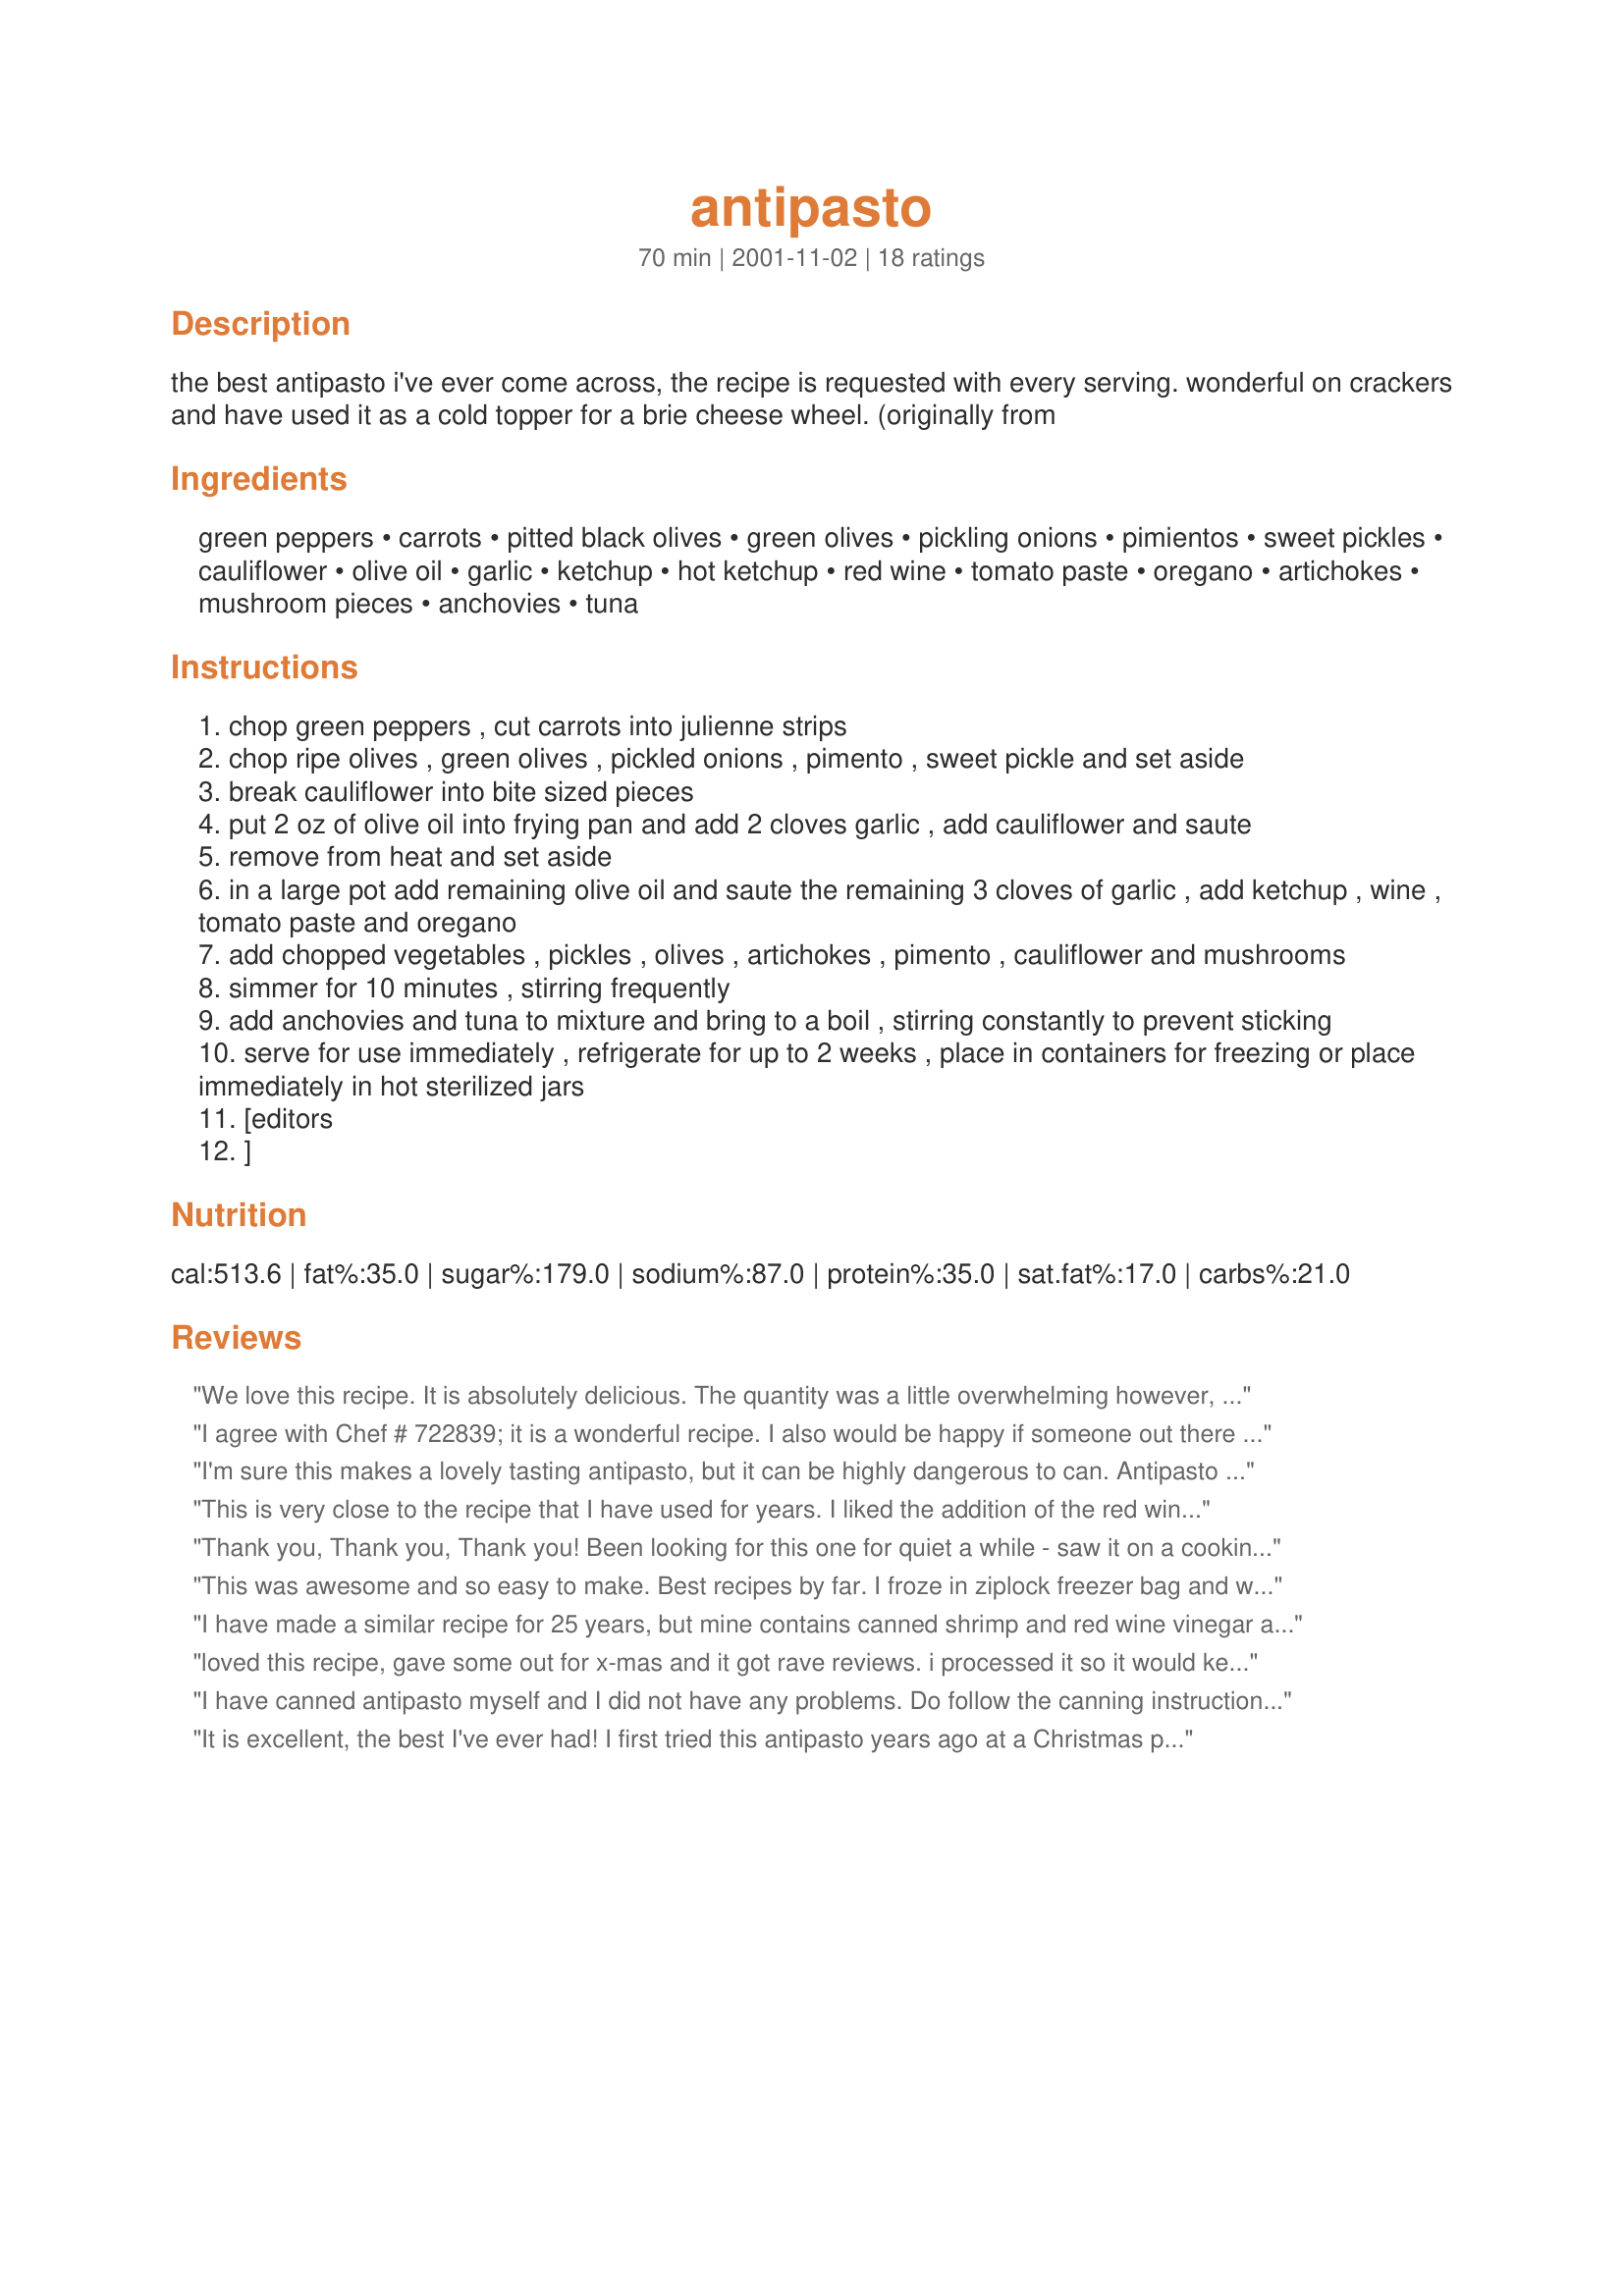
antipasto
Preparation time: 70 minutes

the best antipasto i've ever come across, the recipe is requested with every serving. wonderful on crackers and have used it as a cold topper for a brie cheese wheel. (originally from

Ingredients:
green peppers, carrots, pitted black olives, green olives, pickling onions, pimientos, sweet pickles, cauliflower, olive oil, garlic, ketchup, hot ketchup, red wine, tomato paste, oregano, artichokes, mushroom pieces, anchovies, tuna

Steps:
chop green peppers , cut carrots into julienne strips
chop ripe olives , green olives , pickled onions , pimento , sweet pickle and set aside
break cauliflower into bite sized pieces
put 2 oz of olive oil into frying pan and add 2 cloves garlic , add cauliflower and saute
remove from heat and set aside
in a large pot add remaining olive oil and saute the remaining 3 cloves of garlic , add ketchup , wine , tomato paste and oregano
add chopped vegetables , pickles , olives , artichokes , pimento , cauliflower and mushrooms
simmer for 10 minutes , stirring frequently
add anchovies and tuna to mixture and bring to a boil , stirring constantly to prevent sticking
serve for use immediately , refrigerate for up to 2 weeks , place in containers for freezing or place immediately in hot sterilized jars
[editors
]

Reviews:
We love this recipe. It is absolutely delicious. The quantity was a little overwhelming however, so next time I intend to make only a half recipe. BTW, we froze it in airtight plastic containers and it held up very well for 3 months or so. It probably would have been fine much longer but we ate it all before we could find out. 

Thanks for an excellent recipe!
I agree with Chef # 722839; it is a wonderful recipe.
I also would be happy if someone out there came up with a method for home preserving of this antipasto recipe. I'm not really interested in any of the vegetable only recipes for instance, and the alternative such as freezing, means that it has to be eaten immediately, or a day so after defrosting which is inconvenient. Freezing, I'm sure, will also change the texture. Any suggestions?
I'm sure this makes a lovely tasting antipasto, but it can be highly dangerous to can. Antipasto recipes containing olives or seafood are NOT safe for home canning. Seafood and olives are low acid foods and produce botulism. The following excerpt is from the Bernardin Home Canning website:

 Note:Because antipasto is available commercially, many people believe they can preserve their own recipe at home. Most traditional antipasto recipes cannot be home canned safely in a boiling water bath canner. (However, some can be frozen successfully.) When the recipe adds low acid foods such as tuna (or other canned seafood), olives, mushrooms, vegetables and/or oil– the resulting food mixture needs to be processed at temperatures higher than those that can be reached in a boiling water canner. These higher temperatures are essential to avoid the risk of deadly botulism poisoning. Processing filled jars of homemade antipasto in a pressure canner is unsuccessful because the temperature/time combinations required to eliminate the risk of botulism destroys the integrity of the vegetables resulting in a product that is almost spreadable.
This is very close to the recipe that I have used for years. I liked the addition of the red wine, and anchovies, they add something a little different. Thanks a lot
Thank you, Thank you, Thank you! Been looking for this one for quiet a while - saw it on a cooking show went to pull it off the web & @$#^~#$% the only way to get it was order the darn book. Bless You from one who has olive oil in her blood!
This was awesome and so easy to make. Best recipes by far.

I froze in ziplock freezer bag and was great. Yum Yum Yummy
I have made a similar recipe for 25 years, but mine contains canned shrimp and red wine vinegar as well. I have never had a problem with spoilage and believe that the large amounts of ketchup and vinegar make it safe to can in a water bath canner.
loved this recipe, gave some out for x-mas and it got rave reviews. i processed it so it would keep and it turned out great. i'll be making a million jars of this in the coming months!!!! thanks,treko
I have canned antipasto myself and I did not have any problems. Do follow the canning instructions carefully; if it is sealed properly, you won't have problems with colour change or taste on the food you canned. These canned antipasto come so handy when you have unexpected guests. Enjoy!
It is excellent, the best I've ever had! 
I first tried this antipasto years ago at a Christmas party and found it to be delicious. The host got the recipe from the Georgian Bay Gourmet Cookbook. I by coincidence had a copy as well. We live in cottage country, not too far from Georgian Bay, I think the cookbook was a fundraiser of 
sorts. I decided this year. to make the recipe for myself and for gift giving. I used hot water bath processing and all tasted and seemed fine. By coincidence again, I came across this recipe by Derf, where the Georgian Bay cookbook origin is also mentioned. I then read the comments about the possible dangers of home canning in regard to low acid levels created by the tuna, anchovies and olives combination as used in the recipe. Not wanting to take a chance on passing botulism on to relatives and friends, I disposed of all 16 pints (about $60 in ingredients) plus all of the hard work and not to mention no more antipasto Christmas gifts.

The alternative of course, is to pay the ridiculous price for the commercially made variety, President's Choice for one is identical to this recipe.

The other better alternarive, would be that if someone was able to establish the proper and safe processing time, pressure and ph for using a pressure canner or other method, it would certainly alleviate the worry and concern to a lot of us who want to make this at home. Unfortunately, establishing the proper chemistry, would have to be done in a reliable test facility which I'm sure would be a bit costly. Well if anyone knows a friend of a friend etc., with contacts in a testing facility, let us know , it would be appreciated. Thanks from your Chef #722839
This is very close to the recipe from Best of Bridge. Excellent...but instead of the tuna, I added 3 - 4 cans small shrimp, drained
The recipe is only dangerous if you are stupid enough to make it so. This recipe is tried and true and enjoyed by hundreds of cooks for many years. Read the instructions, "Bring to a boil, stirring constantly to prevent sticking. Plce mixture IMMEDIATELY INTO HOT STERILIZED JARS, or place in containers for freezing." I think that clearly states the mixture is boiling and jars are sterilized. To clarify the proceedure, From Company's Comming, Preserves, 1996 edition.
"The boiling hot food is poured into hot sterilized jars and rims wiped with a clean paper towel dipped in boiling water. Place sterilized metal lids on jars and screw metal bands on tightly." I should add that the lids and tongs used to apply the lids are taken out of boiling water as are any other utensils used. The preserves can be left to cool and store at this stage or if you wish you may put them into a boiling water bath, which in this case I have never felt it necessary. Here is further information:
Sealing Jars:Processing in Boiling water bath or pressure canner. - To seal a screw top jar with metal lid, sterilize the lid in boiling water for 5 minutes and place the lid on the jar immediately after filling with the hot mixture being processed. Screw the metal band on securely, but do not tighten. Process in a boiling water bath or pressure canner. Do not retighten lids after processing jars. As jars cool, the contents in the jar contract, pulling the self sealing lid firmly aginst the jar to form a vacuum seal.
And more:
Open kettle canning - To seal a screw top jar with metal lid, sterilize the lid in boiling water for 5 minutes and place the lid on the jar immediately after filling with the hot mixture. Screw the medtal band on tightly, allow to cool. After the jars have cooled, check for an indentation in the lid to ensure that the jar has sealed. You may remove the medtal screw bands and store.
and more:
Sterilizing: Jars can be washed, rinsed and sterilized in the dishwasher. Set the dishwasher for the highest water temperature. (Mine has a setting especially for canning jars ), The jars can also be sterilized in boiling water. Wash in hot soapy water and rinse well, invert jars in 3 to 4 inches of boiling water in a large saucepan. Allow to boil for 10 minutes. Leave jars in water until you are ready to fill them. Fill jars while they are still hot. Wipe rims with clean paper towel, dipped in boiling water.

Hope this helps to clear up the idea that this recipe is dangerous!! Have never heard of anyone doing pickles, antipasto, etc. in this tried and true way that have run into any trouble.

Enjoy!!
Dorothy
I have been making antipasto for over 20 years in a hot water bath process. Since I pressure can all of my low acid preserves such as coho salmon, tuna, green beans etc. I decided to try pressure canning my antipasto also although is has some vinegar content. I mixed all vegetables ingredients including raw cauliflower, raw peppers , jalapenos, red chilies, but NO TUNA or any kind of MEAT PRODUCT, in a large stock pot. I heated the mixture so that it would pack more easily into sterilized 500 ml (pint) jars. I then pressure canned them, 14 jars at a time at 10 psi for 15 minutes. Since all other veggies that I used were canned (ie: cooked) I treated them as I would treat my 2 min blanched green beans which I can for 20 min at 10 psi.
So, you ask, were the veggies crunchy, overcooked, or? Was it tasty? Would I change anything?

Results were crunchy, not overcooked and tasty. Would I change anything - well, perhaps fewer red chilli peppers.
This is very close to the Best of Bridge recipe, which I have made many times.

For those who are worried about canning, be assured it's a simple and EXTREMELY rewarding way of preserving the flavour of the harvest. If you're not sure how to can, check out the canning basics tab at the Bernardin website: www.homecanning.com

Canning is simple and delicious, but as in many other methods of cooking, you do have to know the safety basics.
Thank you so much for that wonderfull recipe, it is more than good
When canning this recipe, I boil the canner with the small, fancy jars, for an extra 15 minutes. This has never been a problem. I first purchased the Antipasto from a Party Shop and it was so delicious that I asked for the recipe and this is it. I have been canning this recipe for 22 years and not once was there a problem. So good!
I am 42 years old & have been making antipasto for more than 20 years with my mom. We have never had a problem with botulism. The key is to follow the sterilization process to a tee. I do however suggest subsituting the 1 cup of red wine for 1 cup of red wine vinegar in order to increase the acid content. It will not affect the taste. This is great recipe and should be tried by all. Remember to purchase your ingedients on sale over a period of time to help cut the cost.
I only put one star to call attention to the canning issue. I&#039;d definitely give it 5 stars for quality. I notice everyone saying that they&#039;ve been home canning this recipe for years in a water bath with no problem. I know I certqinly grew up eating home-canned antipasto. And indeed, the odds of botulism developing in the jars is extremely remote. But the then, the odds of being in a serious car accident are fairly remote but we wear our seatbelts nonetheless. Botulism is not just a bit of food poisoning. Fatalities occur and in most cases, it can take up to a year to recuperate from the ventricular and nerve damage it causes (&quot;Botox&quot; is based on microscopic amounts of the botulism bacteria which is what causes the nerves to freeze and minimize wrinkles). &lt;br/&gt;&lt;br/&gt;There is simply NO amount of boiling and sterilizing that can completely protect low-acid and protein-based foods from developing botulism. Botulism spores can be latent in low-acid foods (esp fish) and don&#039;t present any risk when eaten normally. However, in prolonged exposure to the anaerobic environment of a sealed jar, they can bloom. Only sustained heating at a constant temperature of 120 degrees Celcius (at sea level) will kill latent botulism spores. And since water boils at only 100 degrees, it can&#039;t successfully kill them. The high PSI in the pressure cooker causes the temperature to rise to the minimum 120 degrees required and is therefore, the only safe way to 100 percent protect everyone when canning low-acid foods.&lt;br/&gt;&lt;br/&gt;Botulism is exceptionally rare and I&#039;m sure we could all go on eating antipasto canned in a water bath as we&#039;ve done for years and there&#039;d be no problem. But to contract botulism could be fatal to the elderly or vey young so there is some serious--albeit low--risk involved.. &lt;br/&gt;&lt;br/&gt;&quot;We&#039;ve always done it this way and never had a problem&quot; can certainly be a true and valid statement. But I just think if people choose to can low-acid foods in a water bath, they&#039;re consciously accepting the small risk and doing so with scientific, rather than anecdotal information as to the absolute safety of certain types of home canning.&lt;br/&gt;&lt;br/&gt;But on to a bit of good news: there are no large pieces of tuna in the recipe and they are mixed in with mostly other high-acid foods. Also, smaller jars significantly reduce the canning time so if you use jelly jars (6-8 ounces) and follow the pressure canning guidelines for something slightly similar (like gumbo or red clam chowder) you should find it comes out really nice. If the vegetables go in raw, it&#039;s been my experience that after pressure canning, everything keeps its texture, takes on a lovely rich flavour and doesn&#039;t get mushy at ALL!! So we can be 100 percent safe and still enjoy our divine homemade antipasto!!
